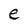
Character: e